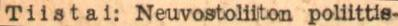
Tiistai: Neuvostoliiton poliittis-